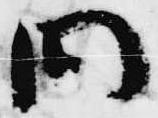
問